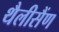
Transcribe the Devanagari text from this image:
थैलीसैंण